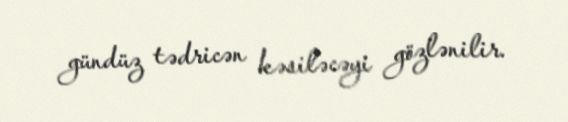
gündüz tədricən kəsiləcəyi gözlənilir.